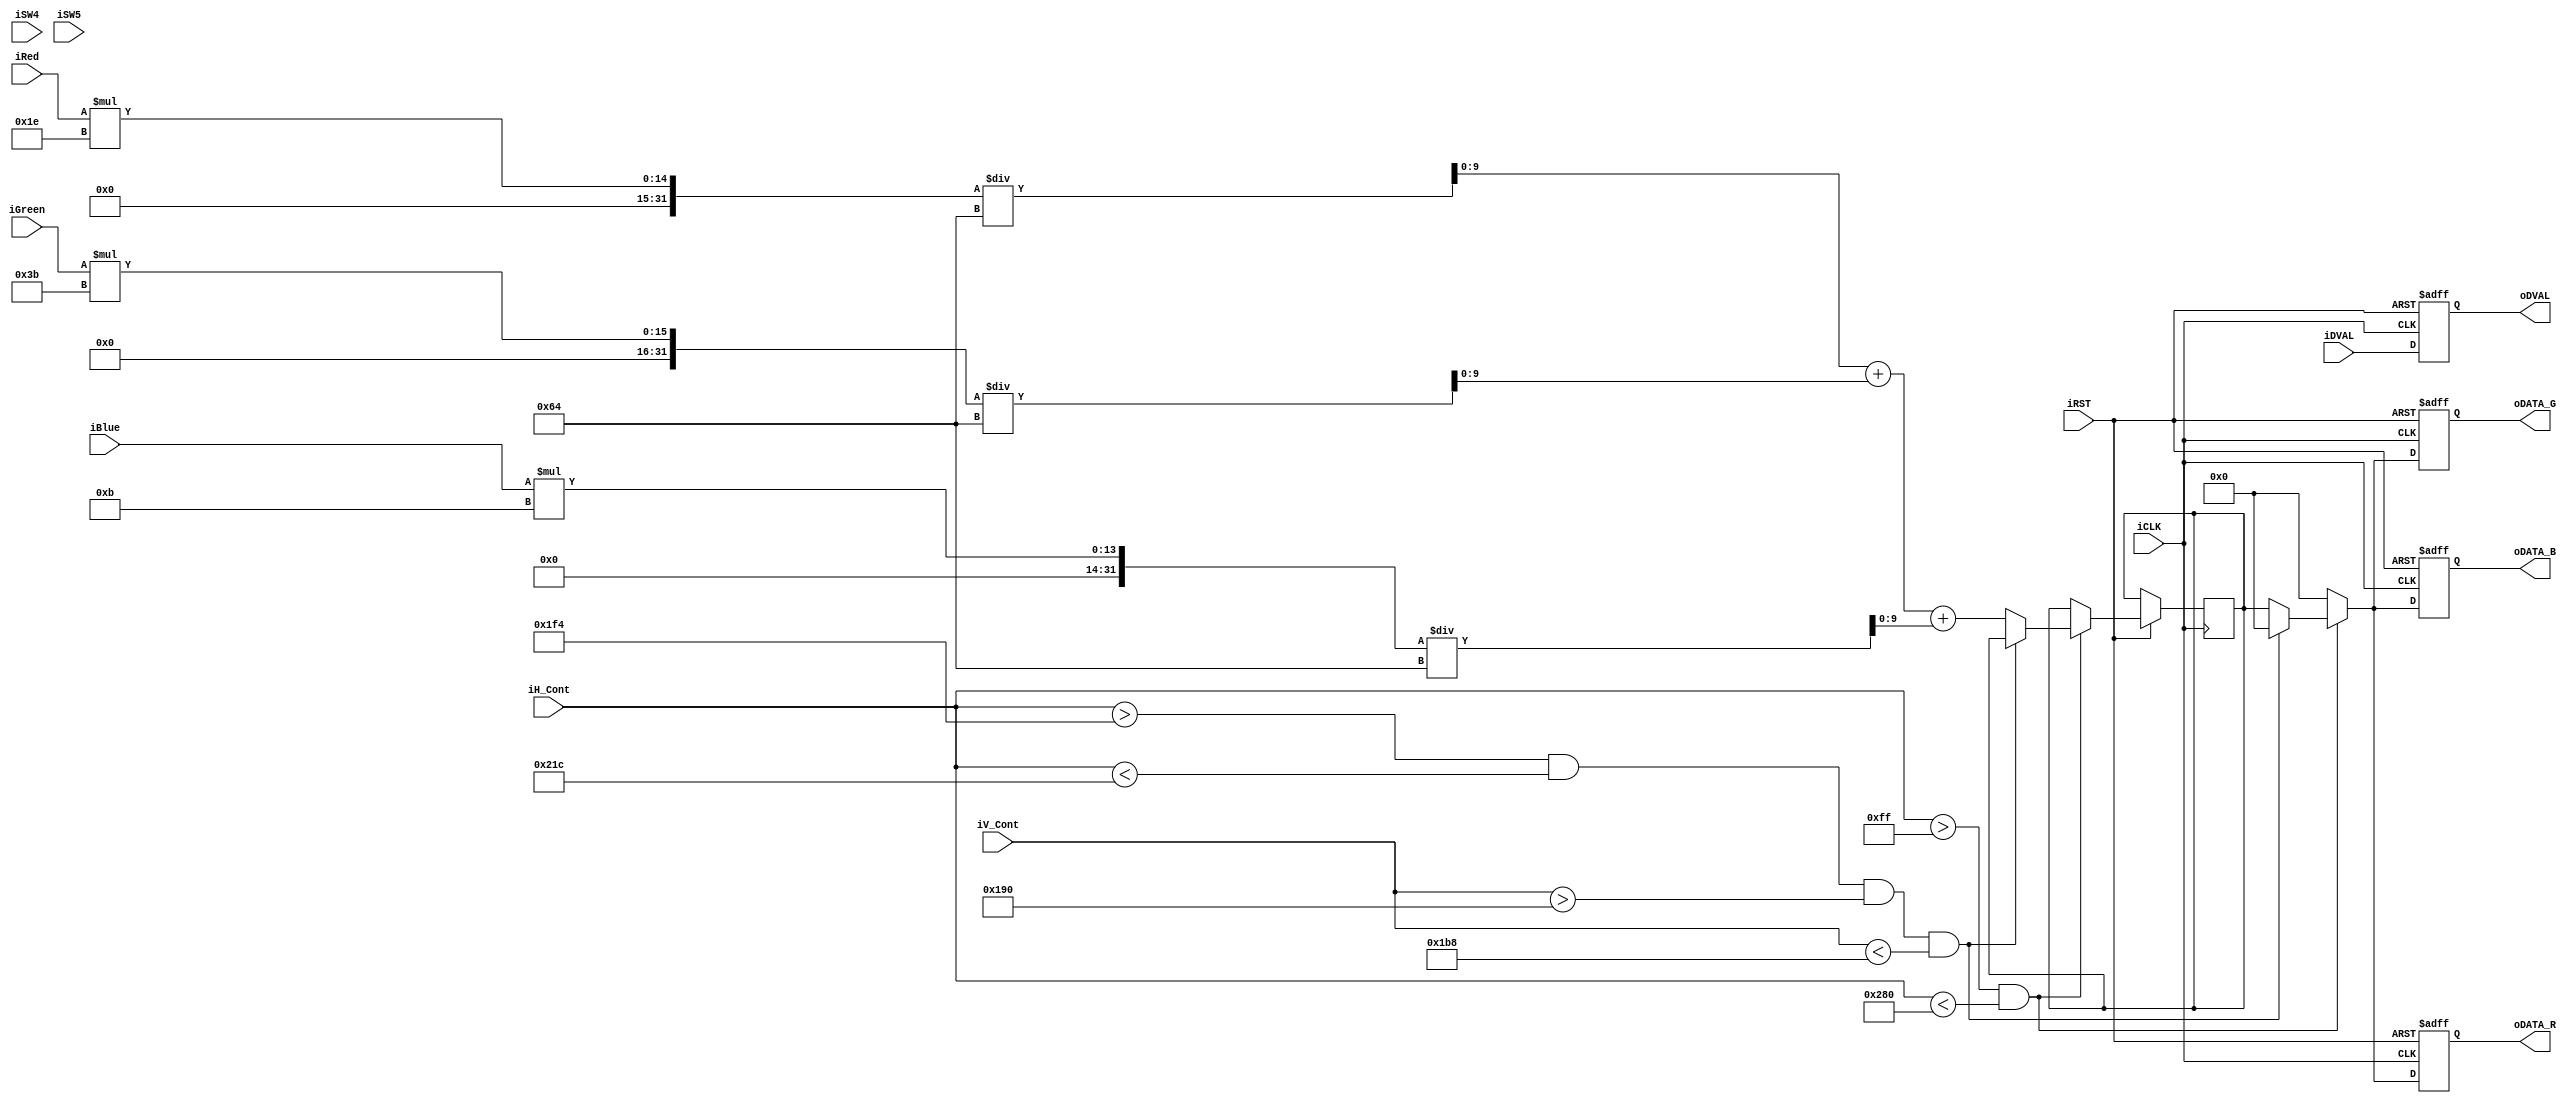
module RGBSELECT(
        oDVAL,
        oDATA_R,
		  oDATA_G,
		  oDATA_B,
		  iH_Cont,
		  iV_Cont,
		  iSW4,
		  iSW5,
        iRed,
        iGreen,
        iBlue,
        iCLK,
        iRST,
        iDVAL
		  
		);
input			iDVAL;
input			iCLK;
input			iRST;

input		[12:0]	iH_Cont;
input		[12:0]	iV_Cont;

output reg[9:0]	oDATA_R;
output reg[9:0]	oDATA_G;
output reg[9:0]	oDATA_B;
output reg		oDVAL;

input iSW4;
input iSW5;

input		[9:0]	iRed;
input		[9:0]	iGreen;
input		[9:0]	iBlue;

reg [9:0]grayscale;

always@(posedge iCLK or negedge iRST)
begin
  if(!iRST)
    begin
	  oDVAL   <= 0;
     oDATA_R   <= 10'b0;
	  oDATA_G   <= 10'b0;
	  oDATA_B   <= 10'b0;
    end
  else
	  begin
	  
		if(iH_Cont > 10'b0011111111 && iH_Cont < 10'b1010000000) begin
  
  
			if(iH_Cont > 500 && iH_Cont < 540 && iV_Cont > 400 && iV_Cont < 440)
				begin
				oDVAL   <= iDVAL;
				oDATA_R <= 9'b0;
				oDATA_G <= 9'b0;
				oDATA_B <= 9'b0;
				end
				
				else
				
				begin 
				oDVAL   <= iDVAL;
				grayscale <= ((iRed[9:0] * 30) /100) + ((iGreen[9:0] * 59)/100) + ((iBlue[9:0] * 11)/100);
				oDATA_R   <= grayscale[9:0];
				oDATA_G   <= grayscale[9:0];
				oDATA_B   <= grayscale[9:0];
				end
				
				end
				
				else begin
				
				oDVAL   <= iDVAL;
				oDATA_R   <= 0;
				oDATA_G   <= 0;
				oDATA_B   <= 0;
				end
				
		end
				
end
endmodule